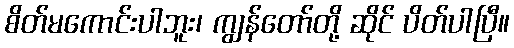
စိတ်မကောင်းပါဘူး၊ ကျွန်တော်တို့ ဆိုင် ပိတ်ပါပြီ။